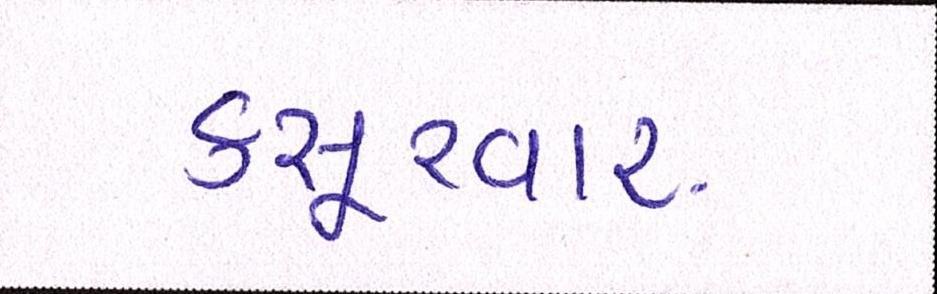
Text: કસૂરવાર